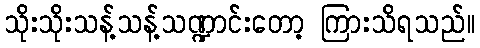
သိုးသိုးသန့်သန့်သဏ္ဍာင်းတော့ ကြားသိရသည်။